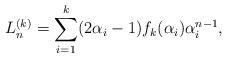
LaTeX: \begin{align*} L_n^{(k)}=\sum_{i=1}^{k}(2\alpha_i-1)f_k(\alpha_i)\alpha_i^{n-1}, \end{align*}